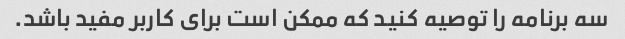
سه برنامه را توصیه کنید که ممکن است برای کاربر مفید باشد.